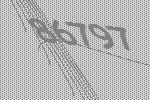
86797